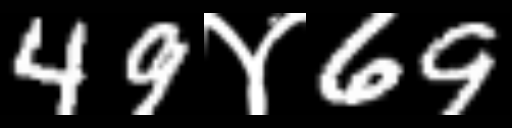
Text: 49४69